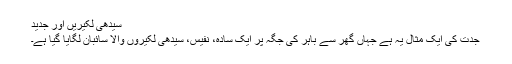
سیدھی لکیریں اور جدید
جدت کی ایک مثال یہ ہے جہاں گھر سے باہر کی جگہ پر ایک سادہ، نفیس، سیدھی لکیروں والا سائبان لگایا گیا ہے۔